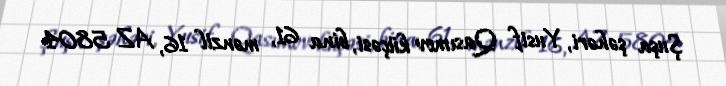
Şuşa şəhəri, Yusif Qasımov küçəsi, bina 61, mənzil 16, AZ 5804